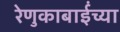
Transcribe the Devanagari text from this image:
रेणुकाबाईंच्या